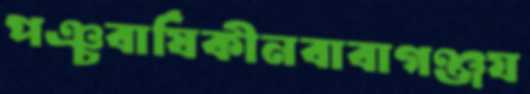
পঞ্চবার্ষিকীনবাবাগঞ্জয